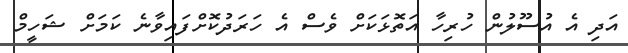
އަދި އެ އުސޫލުން ހުރިހާ އަތޮޅަކަށް ވެސް އެ ހަރަދުކޮށްފައިވާނެ ކަމަށް ޝަހީމް